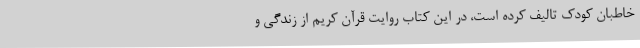
خاطبان کودک تالیف کرده است، در این کتاب روایت قرآن کریم از زندگی و